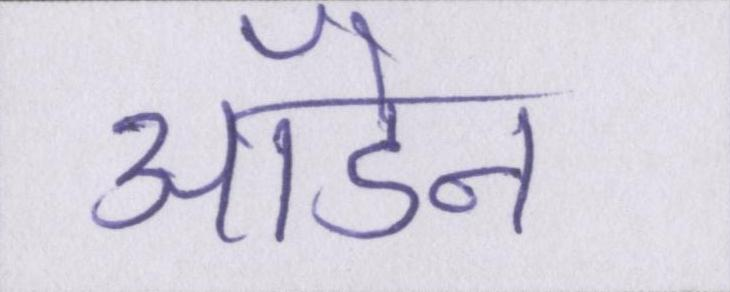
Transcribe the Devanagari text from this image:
ऑडेन